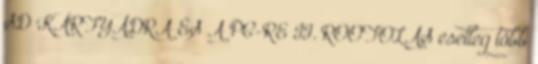
SD KÁRTYÁDRA ÉS A PC-RE II. ROOTOLÁS esetleg több